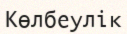
Көлбеулік